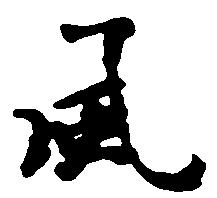
風